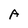
Character: A